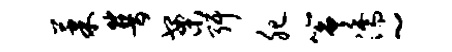
果普案弭肥筝濡~